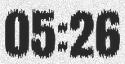
05:26